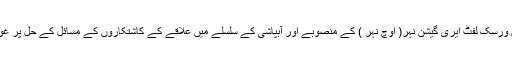
اجلاس میں ورسک لفٹ ایری گیشن نہر( اوچ نہر ) کے منصوبے اور آبپاشی کے سلسلے میں علاقے کے کاشتکاروں کے مسائل کے حل پر غور کیا گیا ۔